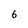
Character: 6